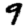
Digit: 9